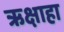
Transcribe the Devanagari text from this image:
ऋक्षाहा